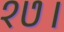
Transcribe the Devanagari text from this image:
१७।